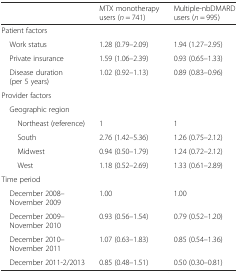
<table><thead><tr><td></td><td><b>MTX monotherapy users (<i>n</i> = 741)</b></td><td><b>Multiple-nbDMARD users (<i>n</i> = 995)</b></td></tr></thead><tbody><tr><td colspan="3">Patient factors</td></tr><tr><td> Work status</td><td>1.28 (0.79–2.09)</td><td>1.94 (1.27–2.95)</td></tr><tr><td> Private insurance</td><td>1.59 (1.06–2.39)</td><td>0.93 (0.65–1.33)</td></tr><tr><td> Disease duration (per 5 years)</td><td>1.02 (0.92–1.13)</td><td>0.89 (0.83–0.96)</td></tr><tr><td colspan="3">Provider factors</td></tr><tr><td colspan="3"> Geographic region</td></tr><tr><td>Northeast (reference)</td><td>1</td><td>1</td></tr><tr><td>South</td><td>2.76 (1.42–5.36)</td><td>1.26 (0.75–2.12)</td></tr><tr><td>Midwest</td><td>0.94 (0.50–1.79)</td><td>1.24 (0.72–2.12)</td></tr><tr><td>West</td><td>1.18 (0.52–2.69)</td><td>1.33 (0.61–2.89)</td></tr><tr><td colspan="3">Time period</td></tr><tr><td> December 2008–November 2009</td><td>1.00</td><td>1.00</td></tr><tr><td> December 2009–November 2010</td><td>0.93 (0.56–1.54)</td><td>0.79 (0.52–1.20)</td></tr><tr><td> December 2010–November 2011</td><td>1.07 (0.63–1.83)</td><td>0.85 (0.54–1.36)</td></tr><tr><td> December 2011-2/2013</td><td>0.85 (0.48–1.51)</td><td>0.50 (0.30–0.81)</td></tr></tbody></table>